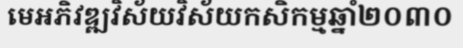
មេអភិវឌ្ឍវិស័យវិស័យកសិកម្មឆ្នាំ២០៣០